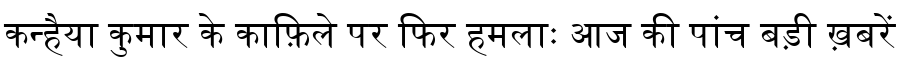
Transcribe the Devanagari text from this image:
कन्हैया कुमार के काफ़िले पर फिर हमलाः आज की पांच बड़ी ख़बरें